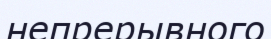
непрерывного